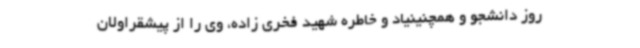
روز دانشجو و همچنینیاد و خاطره شهید فخری زاده، وی را از پیشقراولان